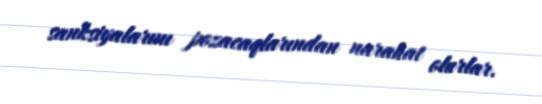
sanksiyalarını pozacaqlarından narahat olurlar.